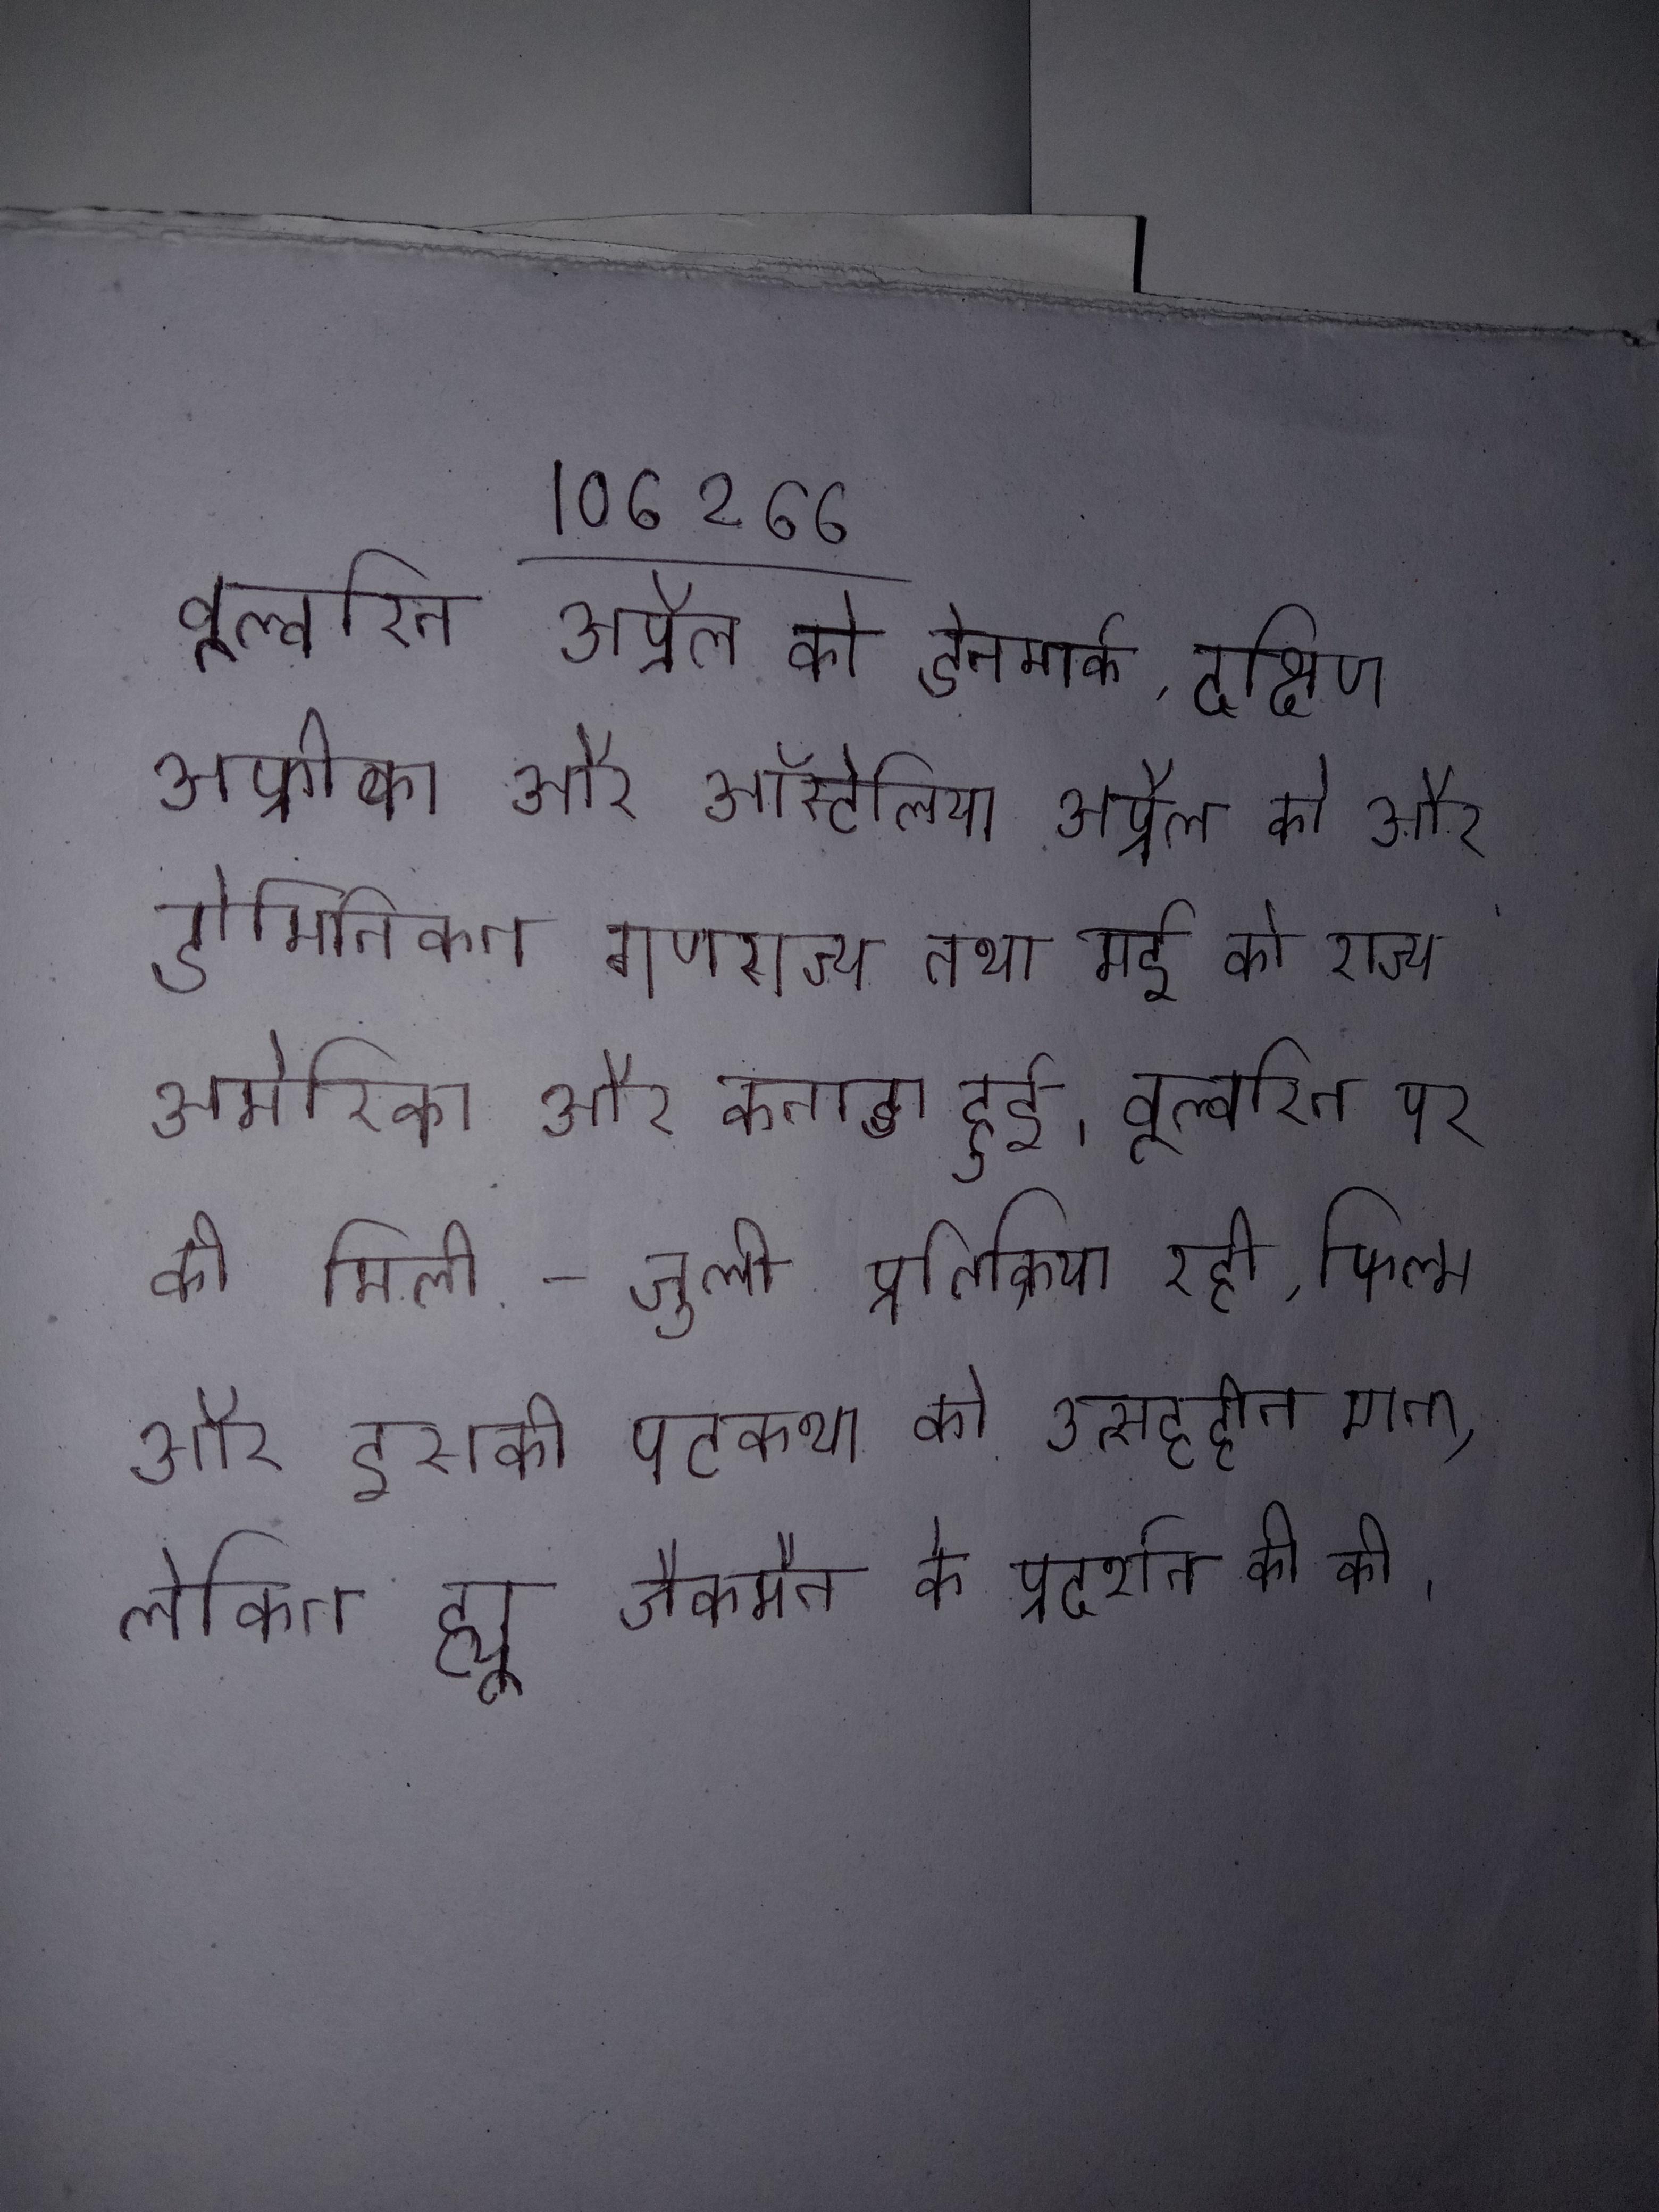
वूल्वरिन अप्रैल को डेनमार्क, दक्षिण अफ्रीका और ऑस्ट्रेलिया अप्रैल को और डोमिनिकन गणराज्य तथा मई को राज्य अमेरिका और कनाडा हुई । वूल्वरिन पर की मिली-जुली प्रतिक्रिया रही, फिल्म और इसकी पटकथा को उत्साहहीन माना, लेकिन ह्यू जैकमैन के प्रदर्शन की की ।